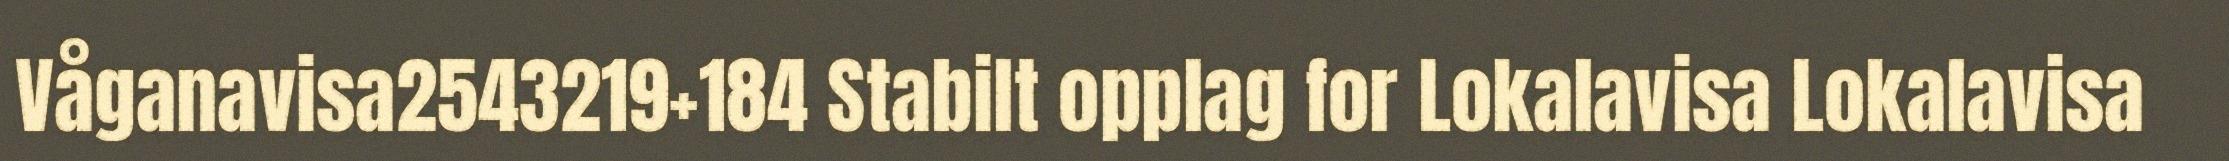
Våganavisa2543219+184 Stabilt opplag for Lokalavisa Lokalavisa